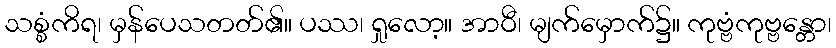
သစ္စံကိရ၊ မှန်ပေသတတ်၏။ ပဿ၊ ရှုလော့။ အာဝီ၊ မျက်မှောက်၌။ ကုဗ္ဗံကုဗ္ဗန္တော၊